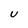
Character: U